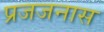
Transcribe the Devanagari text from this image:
प्रजजनास